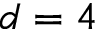
d = 4